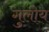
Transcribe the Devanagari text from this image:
गुलोय